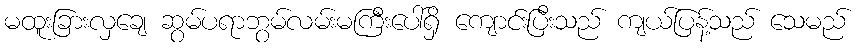
မထူးခြားလှချေ ဆွမ်ပရာဘွမ်လမ်းမကြီးပေါ်ရှိ ကျောင်းပြီးသည် ကျယ်ပြန့်သည် သေမည်